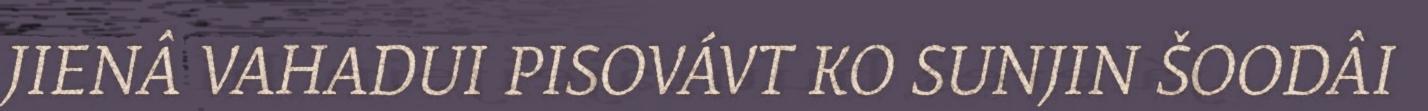
JIENÂ VAHADUI PISOVÁVT KO SUNJIN ŠOODÂI